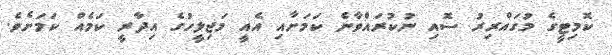
ކޮމިޓީގެ މުގައްރިރު ސޮއި ނުކުރައްވާނެ ކަމަށާއި އެއީ މަޖިލީހުގެ އިދާރީ ކަމެއް ކަމަށެވެ.